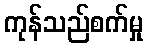
ကုန်သည်စက်မှု